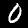
Label: 0